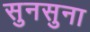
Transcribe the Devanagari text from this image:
सुनसुना